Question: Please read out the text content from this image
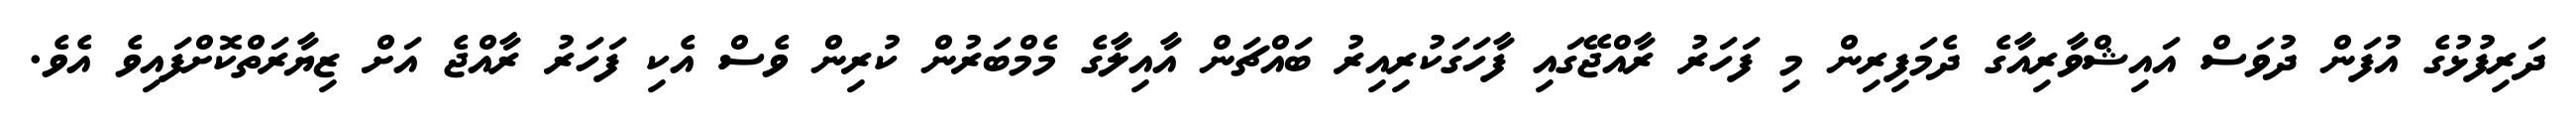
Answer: ދަރިފުޅުގެ އުފަން ދުވަސް އައިޝްވާރިއާގެ ދެމަފިރިން މި ފަހަރު ރާއްޖޭގައި ފާހަގަކުރިއިރު ބައްޗަން އާއިލާގެ މެމްބަރުން ކުރިން ވެސް އެކި ފަހަރު ރާއްޖެ އަށް ޒިޔާރަތްކޮށްފައިވެ އެވެ.